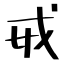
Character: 戒